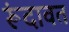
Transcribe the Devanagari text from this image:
रूंदावत